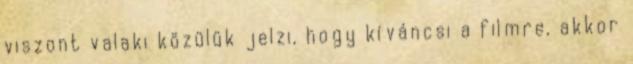
viszont valaki közülük jelzi, hogy kíváncsi a filmre, akkor